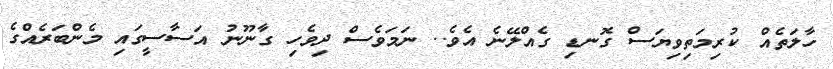
ހާލަތެއް ކުރިމަތިވިޔަސް ގޮނޑި ގެއްލޭނެ އެވެ.. ނަމަވެސް ދިވެހި ގާނޫނު އަސާސީގައި މެންބަރެއްގެ